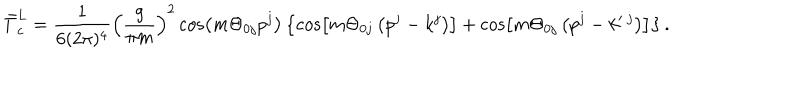
{ \bar { T } } _ { c } ^ { L } = \frac { 1 } { 6 ( 2 \pi ) ^ { 4 } } \left( \frac { g } { \pi m } \right) ^ { 2 } \cos \left( m \Theta _ { 0 j } p ^ { j } \right) \left\{ \cos \left[ m \Theta _ { 0 j } \left( p ^ { j } - k ^ { j } \right) \right] + \cos \left[ m \Theta _ { 0 j } \left( p ^ { j } - k ^ { \prime } \, ^ { j } \right) \right] \right\} .